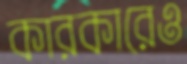
কারকারেও